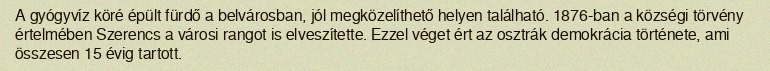
A gyógyvíz köré épült fürdő a belvárosban, jól megközelíthető helyen található. 1876-ban a községi törvény értelmében Szerencs a városi rangot is elveszítette. Ezzel véget ért az osztrák demokrácia története, ami összesen 15 évig tartott.